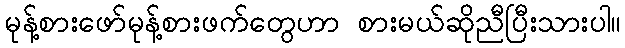
မုန့်စားဖော်မုန့်စားဖက်တွေဟာ စားမယ်ဆိုညီပြီးသားပါ။